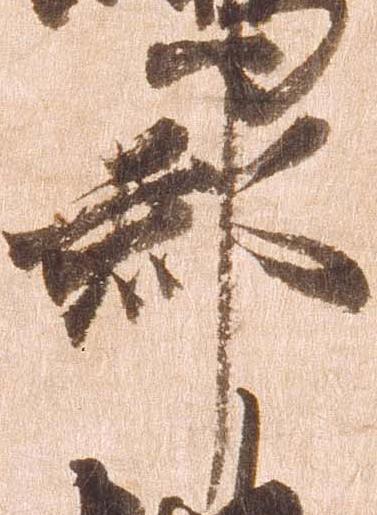
郡